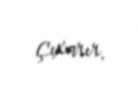
çıxarır.